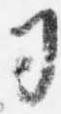
司